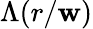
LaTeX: \Lambda(r/\mathbf{w})